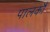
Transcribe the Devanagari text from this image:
पालकौं